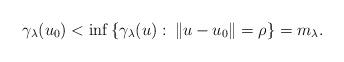
LaTeX: \begin{align*} \gamma_\lambda(u_0)<\inf\left\{\gamma_\lambda(u):\: \|u-u_0\|=\rho\right\}=m_\lambda.\end{align*}